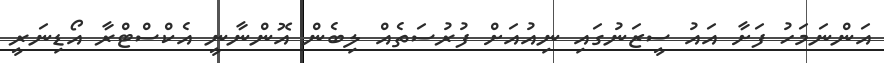
އަންނަމަހު ފަށާ އައު ސީޒަނުގައި ނިއުއަށް ފުރުސަތެއް ލިބެން އޮންނާނީ އެކްސްޓްރާ އޯޑިނަރީ